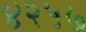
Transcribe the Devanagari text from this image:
४२५७